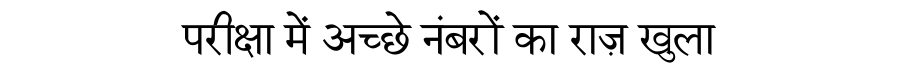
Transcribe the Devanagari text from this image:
परीक्षा में अच्छे नंबरों का राज़ खुला